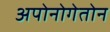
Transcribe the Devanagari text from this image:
अपोनोगेतोन